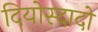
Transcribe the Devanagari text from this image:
दियोस्दादो